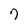
Character: 7